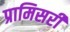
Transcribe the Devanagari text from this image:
प्रामिसरी